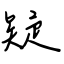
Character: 疑